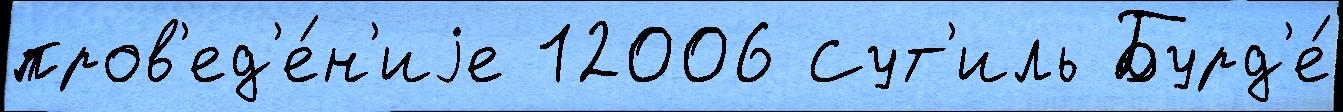
пров'ед'е́н'иjе 12006 Сут'иль Бурд'е́